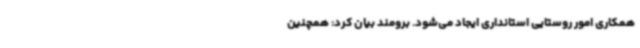
همکاری امور روستایی استانداری ایجاد می‌شود. برومند بیان کرد: همچنین